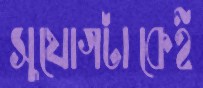
সুযোগটাকেই